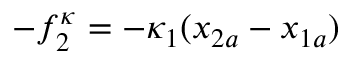
- f _ { 2 } ^ { \kappa } = - \kappa _ { 1 } ( x _ { 2 a } - x _ { 1 a } )